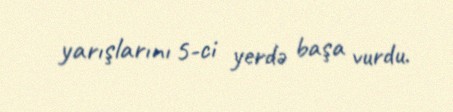
yarışlarını 5-ci yerdə başa vurdu.